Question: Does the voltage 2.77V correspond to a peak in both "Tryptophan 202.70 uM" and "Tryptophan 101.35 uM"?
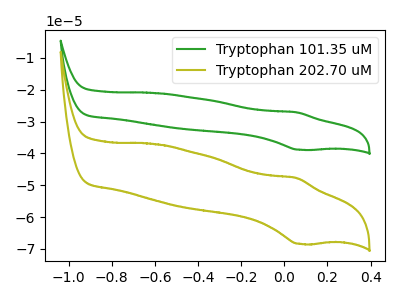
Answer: <think>The green curve "Tryptophan 101.35 uM" has an anodic peak at (0.05V, -27.10uA) and a cathodic peak at (0.05V, -38.85uA). The olive curve "Tryptophan 202.70 uM" has an anodic peak at (0.05V, -47.70uA) and a cathodic peak at (0.05V, -68.40uA).</think>
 <answer>No, "Tryptophan 202.70 uM" and "Tryptophan 101.35 uM" dont share a peak at 2.77V.</answer>
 <eval>mismatch</eval>